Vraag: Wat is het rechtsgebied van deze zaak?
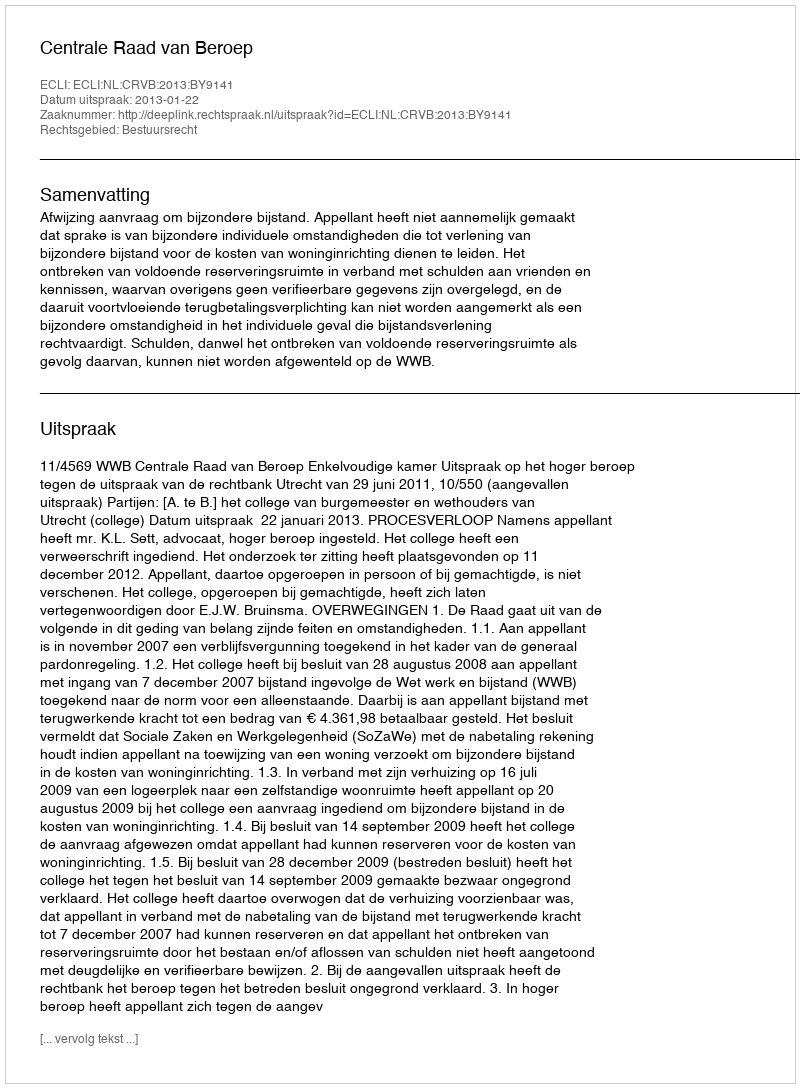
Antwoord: Bestuursrecht